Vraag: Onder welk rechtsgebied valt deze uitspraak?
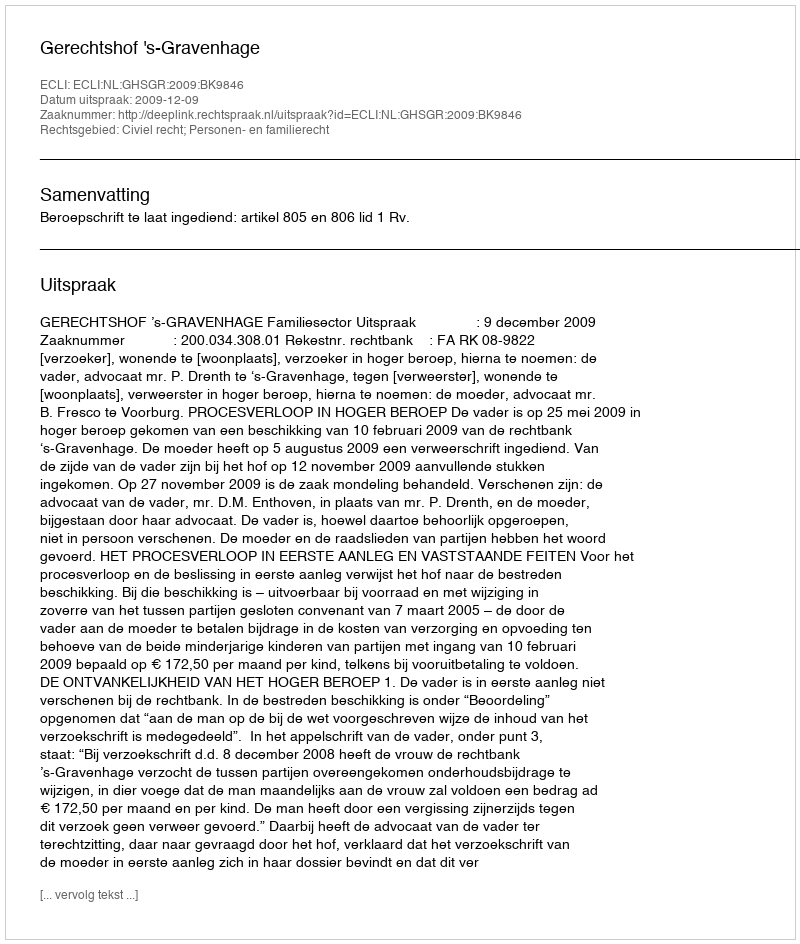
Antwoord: Civiel recht; Personen- en familierecht